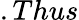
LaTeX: .Thus